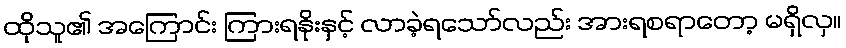
ထိုသူ၏ အကြောင်း ကြားရနိုးနှင့် လာခဲ့ရသော်လည်း အားရစရာတော့ မရှိလှ။